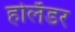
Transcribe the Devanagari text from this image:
होलँडर